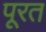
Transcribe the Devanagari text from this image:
पूरत